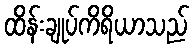
ထိန်းချုပ်ကိရိယာသည်